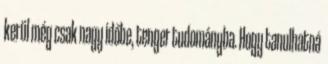
kerül még csak nagy időbe, tenger tudományba. Hogy tanulhatná